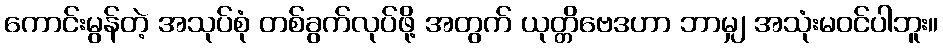
ကောင်းမွန်တဲ့ အသုပ်စုံ တစ်ခွက်လုပ်ဖို့ အတွက် ယုတ္တိဗေဒဟာ ဘာမျှ အသုံးမဝင်ပါဘူး။